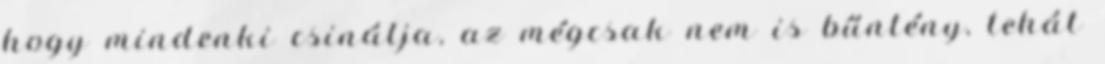
hogy mindenki csinálja, az mégcsak nem is bűntény, tehát